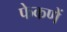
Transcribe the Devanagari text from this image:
फेकणें